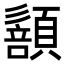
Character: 𩔻